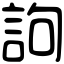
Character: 訽